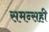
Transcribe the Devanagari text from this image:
समन्सही